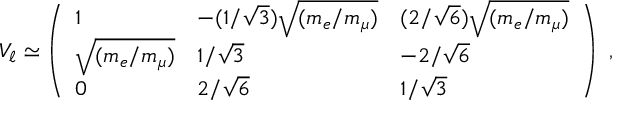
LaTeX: V _ { \ell } \simeq \left( \begin{array} { l l l } { { 1 } } & { { - ( 1 / \sqrt 3 ) \sqrt { ( m _ { e } / m _ { \mu } ) } } } & { { ( 2 / \sqrt 6 ) \sqrt { ( m _ { e } / m _ { \mu } ) } } } \\ { { \sqrt { ( m _ { e } / m _ { \mu } ) } } } & { { 1 / \sqrt 3 } } & { { - 2 / \sqrt 6 } } \\ { { 0 } } & { { 2 / \sqrt 6 } } & { { 1 / \sqrt 3 } } \end{array} \right) \ ,